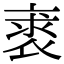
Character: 𧚍